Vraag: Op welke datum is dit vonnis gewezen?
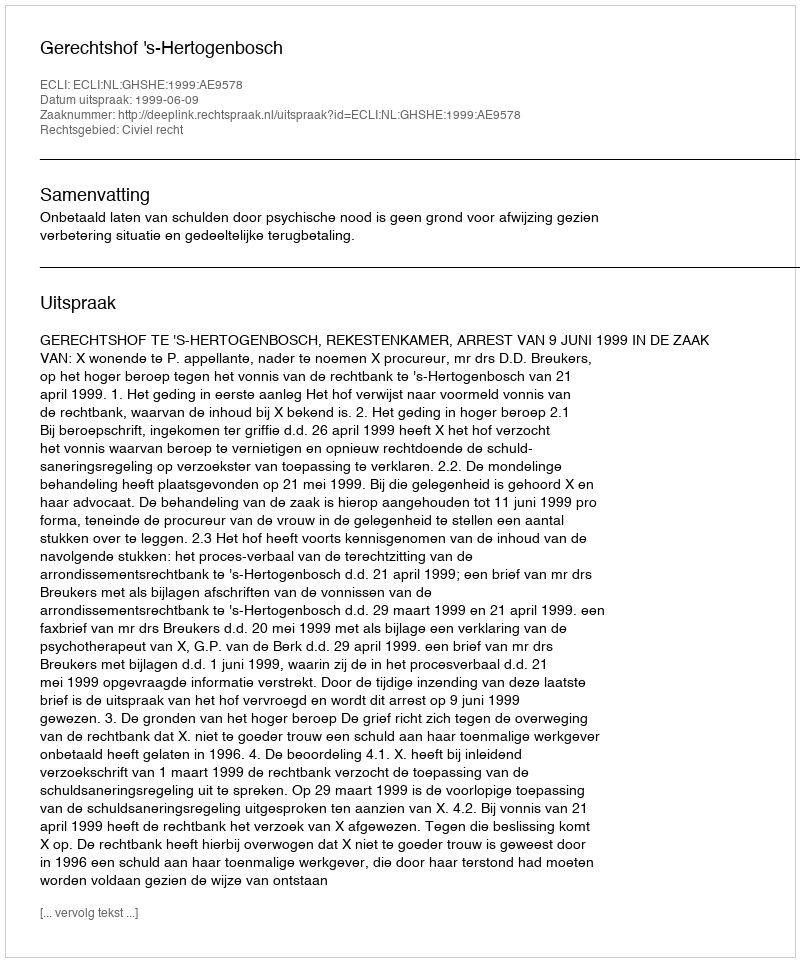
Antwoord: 1999-06-09